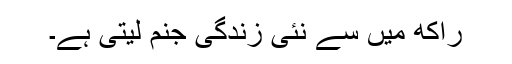
راکھ میں سے نئی زندگی جنم لیتی ہے۔